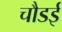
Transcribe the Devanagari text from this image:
चौडई